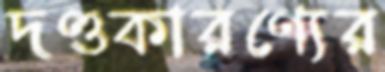
দণ্ডকারণ্যের